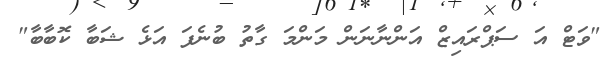
"ވަޓް އަ ސަޕްރައިޒް އަންނާނަން މަންމަ ގާތު ބުނެފަ އަޅެ ޝަބާ ކޮބާބާ"